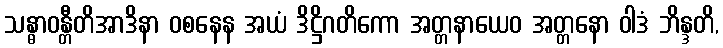
သန္ဓာဝန္တီတိအာဒိနာ ဝစနေန အယံ ဒိဋ္ဌိဂတိကော အတ္တနာယေဝ အတ္တနော ဝါဒံ ဘိန္ဒတိ,